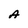
Character: A